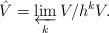
LaTeX: \begin{gather*} \hat{V}=\varprojlim_{k} V/h^kV.\end{gather*}